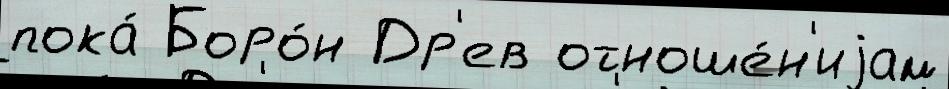
пока́ Боро́н Др'ев отноше́н'иjам